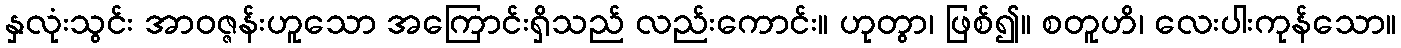
နှလုံးသွင်း အာဝဇ္ဇန်းဟူသော အကြောင်းရှိသည် လည်းကောင်း။ ဟုတွာ၊ ဖြစ်၍။ စတူဟိ၊ လေးပါးကုန်သော။